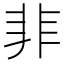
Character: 𩇦